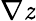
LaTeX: \nabla\mathit{z}